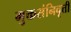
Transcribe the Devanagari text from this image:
मुक्तसंनिवृत्ती